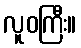
လူဝကြီး။